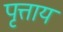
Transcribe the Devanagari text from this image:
पृत्ताय